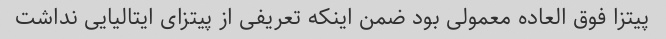
پیتزا فوق العاده معمولی بود ضمن اینکه تعریفی از پیتزای ایتالیایی نداشت